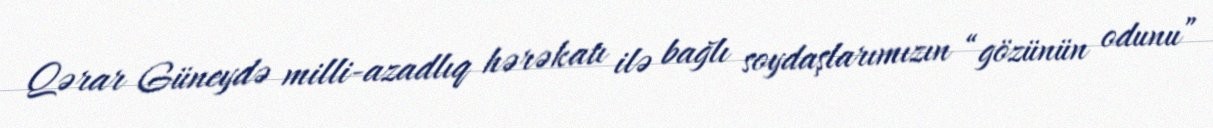
Qərar Güneydə milli-azadlıq hərəkatı ilə bağlı soydaşlarımızın “gözünün odunu”